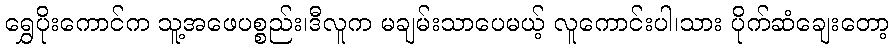
ရွှေပိုးကောင်က သူ့အဖေပစ္စည်း၊ဒီလူက မချမ်းသာပေမယ့် လူကောင်းပါ၊သား ပိုက်ဆံချေးတော့